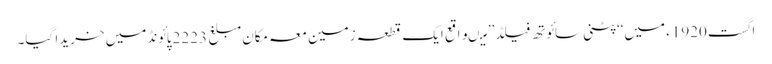
اگست 1920ء میں‘‘پٹنی سائوتھ فیلڈ’’ میںواقع ایک قطعہ زمین معہ مکان مبلغ 2223پائونڈمیں خریدا گیا۔